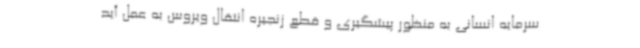
سرمایه انسانی به منظور پیشگیری و قطع زنجیره انتقال ویروس به عمل آید